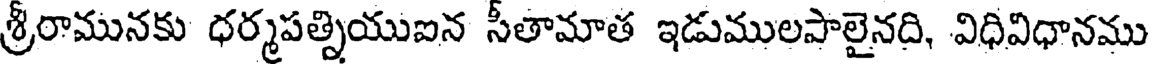
శ్రీరామునకు ధర్మపత్నియుఐన సీతామాత ఇడుములపాలైనది, విధివిధానము